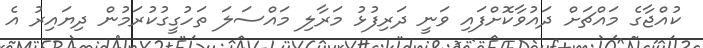
ކުއްޖާގެ މައްޗަށް ދައުވާކޮށްފައި ވަނީ ދަރިފުޅު މަރާލި މައްސަލަ ތަހުގީގުކުރަމުން ދިޔައިރު އެ